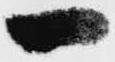
一